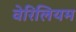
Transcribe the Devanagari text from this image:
वेरिलियम